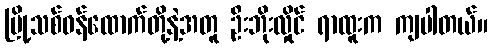
မြို့သစ်ဝန်ထောက်တို့နဲ့အတူ ဦးဘိုးလှိုင် ရာထူးက ကျပါတယ်။